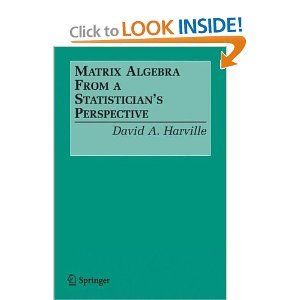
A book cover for Matrix Algebra From a Statistician's Perspective byHarville; Harville; Science & Math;